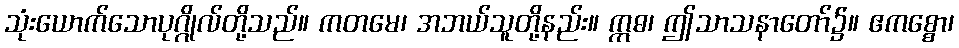
သုံးယောက်သောပုဂ္ဂိုလ်တို့သည်။ ကတမေ၊ အဘယ်သူတို့နည်း။ ဣဓ၊ ဤသာသနာတော်၌။ ဧကစ္စော၊